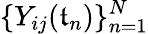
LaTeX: \{ Y_{ij}(\mathfrak{t}_{n})\} _{n=1}^{N}